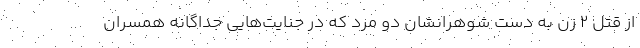
از قتل ۲ زن به دست شوهرانشان دو مرد که در جنایت‌هایی جداگانه‌ همسران